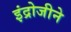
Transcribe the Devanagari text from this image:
इंद्रोजीने